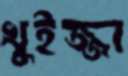
খুইজ্জা